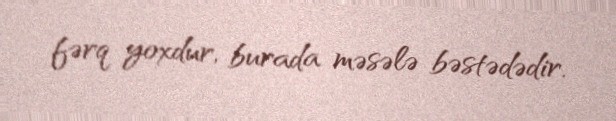
fərq yoxdur, burada məsələ bəstədədir.